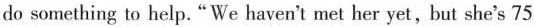
do something to help."We haven't met her yet, but she's 75